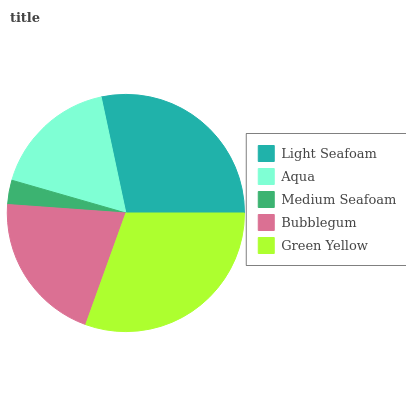
| Light Seafoam | Aqua | Medium Seafoam | Bubblegum | Green Yellow |
 | --- | --- | --- | --- | --- |
 | 28.3% | 17.2% | 3.31% | 20.7% | 30.5% |